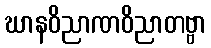
ဃာနဝိညာဏဝိညာတဗ္ဗာ